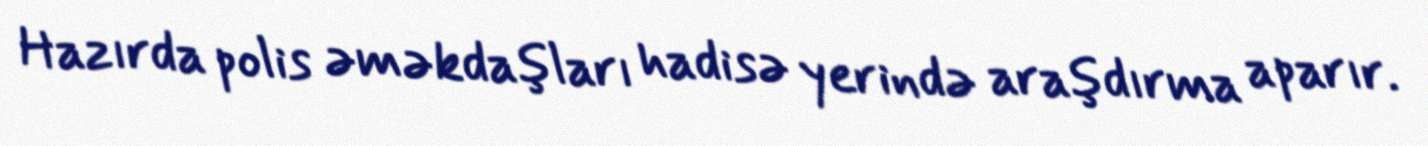
Hazırda polis əməkdaşları hadisə yerində araşdırma aparır.